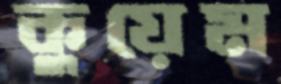
কুয়েম